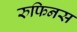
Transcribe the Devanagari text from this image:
रुफिनस